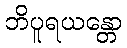
ဘိပူရယန္တော